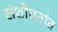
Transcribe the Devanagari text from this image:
संशोधनांत